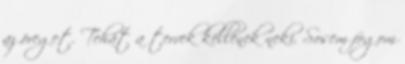
az öreget. Tehát a tervek kellenek neki. Sosem fogom